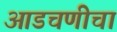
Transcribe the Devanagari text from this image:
आडचणीचा